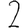
Digit: 2